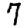
Digit: 7